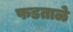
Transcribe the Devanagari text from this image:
फडताळे